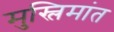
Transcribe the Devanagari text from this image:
मुस्लिमांत